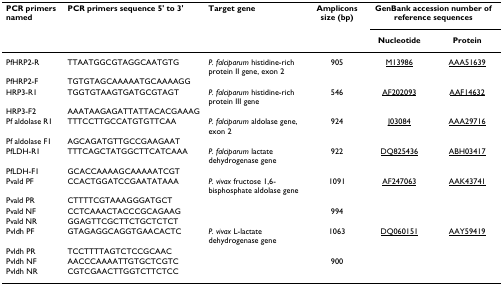
<table><thead><tr><td><b>PCR primers named</b></td><td><b>PCR primers sequence 5&#x27; to 3&#x27;</b></td><td><b>Target gene</b></td><td><b>Amplicons size (bp)</b></td><td colspan="2"><b>GenBank accession number of reference sequences</b></td></tr><tr><td></td><td></td><td></td><td></td><td><b>Nucleotide</b></td><td><b>Protein</b></td></tr></thead><tbody><tr><td>PfHRP2-R</td><td>TTAATGGCGTAGGCAATGTG</td><td><i>P. falciparum </i>histidine-rich protein II gene, exon 2</td><td>905</td><td>M13986</td><td>AAA51639</td></tr><tr><td>PfHRP2-F</td><td>TGTGTAGCAAAAATGCAAAAGG</td><td></td><td></td><td></td><td></td></tr><tr><td>HRP3-R1</td><td>TGGTGTAAGTGATGCGTAGT</td><td><i>P. falciparum </i>histidine-rich protein III gene</td><td>546</td><td>AF202093</td><td>AAF14632</td></tr><tr><td>HRP3-F2</td><td>AAATAAGAGATTATTACACGAAAG</td><td></td><td></td><td></td><td></td></tr><tr><td>Pf aldolase R1</td><td>TTTCCTTGCCATGTGTTCAA</td><td><i>P. falciparum </i>aldolase gene, exon 2</td><td>924</td><td>J03084</td><td>AAA29716</td></tr><tr><td>Pf aldolase F1</td><td>AGCAGATGTTGCCGAAGAAT</td><td></td><td></td><td></td><td></td></tr><tr><td>PfLDH-R1</td><td>TTTCAGCTATGGCTTCATCAAA</td><td><i>P. falciparum </i>lactate dehydrogenase gene</td><td>922</td><td>DQ825436</td><td>ABH03417</td></tr><tr><td>PfLDH-F1</td><td>GCACCAAAAGCAAAAATCGT</td><td></td><td></td><td></td><td></td></tr><tr><td>Pvald PF</td><td>CCACTGGATCCGAATATAAA</td><td><i>P. vivax </i>fructose 1,6-bisphosphate aldolase gene</td><td>1091</td><td>AF247063</td><td>AAK43741</td></tr><tr><td>Pvald PR</td><td>CTTTTCGTAAAGGGATGCT</td><td></td><td></td><td></td><td></td></tr><tr><td>Pvald NF</td><td>CCTCAAACTACCCGCAGAAG</td><td></td><td>994</td><td></td><td></td></tr><tr><td>Pvald NR</td><td>GGAGTTCGCTTCTGCTCTCT</td><td></td><td></td><td></td><td></td></tr><tr><td>Pvldh PF</td><td>GTAGAGGCAGGTGAACACTC</td><td><i>P. vivax </i>L-lactate dehydrogenase gene</td><td>1063</td><td>DQ060151</td><td>AAY59419</td></tr><tr><td>Pvldh PR</td><td>TCCTTTTAGTCTCCGCAAC</td><td></td><td></td><td></td><td></td></tr><tr><td>Pvldh NF</td><td>AACCCAAAATTGTGCTCGTC</td><td></td><td>900</td><td></td><td></td></tr><tr><td>Pvldh NR</td><td>CGTCGAACTTGGTCTTCTCC</td><td></td><td></td><td></td><td></td></tr></tbody></table>